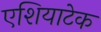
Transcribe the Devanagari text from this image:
एशियाटेक